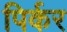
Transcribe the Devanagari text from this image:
पिर्कर